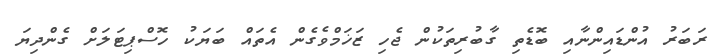
ރަބަރު އުންޑައިންނާއި ބޮޑެތި ގާބުރިތަކުން ޖެހި ޒަޚަމްވެގެން އެތައް ބަޔަކު ހޮސްޕިޓަލަށް ގެންދިޔަ